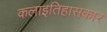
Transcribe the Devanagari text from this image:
कलाइतिहासकार